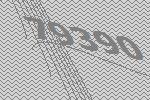
79390